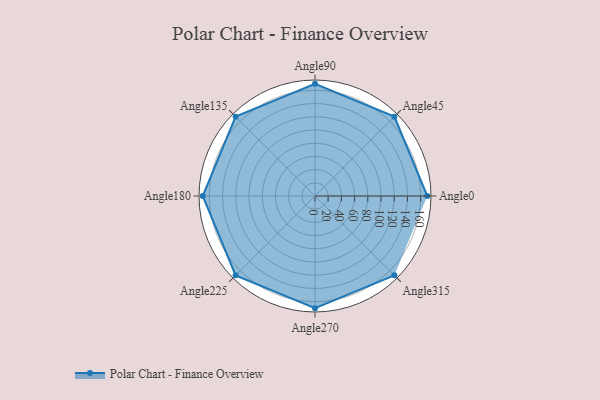
{"axis": {"x": "Angle", "y": "Radius"}, "legend": [""], "data": [{"x": "Angle0", "y": 170, "type": ""}, {"x": "Angle45", "y": 170, "type": ""}, {"x": "Angle90", "y": 170, "type": ""}, {"x": "Angle135", "y": 170, "type": ""}, {"x": "Angle180", "y": 170, "type": ""}, {"x": "Angle225", "y": 170, "type": ""}, {"x": "Angle270", "y": 170, "type": ""}, {"x": "Angle315", "y": 170, "type": ""}]}